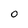
Character: 0